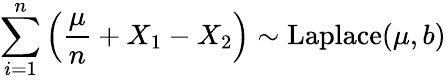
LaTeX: \sum_{i=1}^{n}\left({\frac{\mu}{n}}+X_{1}-X_{2}\right)\sim{\textrm{Laplace}}(\mu,b)